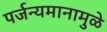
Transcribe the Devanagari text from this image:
पर्जन्यमानामुळे